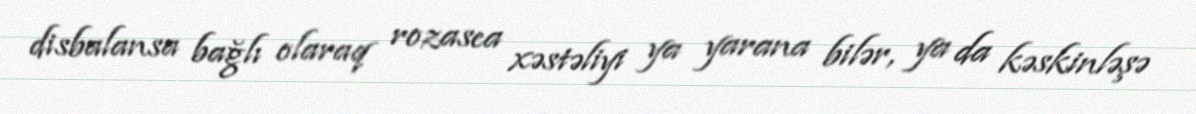
disbalansa bağlı olaraq rozasea xəstəliyi ya yarana bilər, ya da kəskinləşə